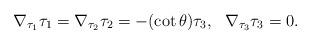
LaTeX: \begin{align*}\nabla_{\tau_{1}}\tau_{1}=\nabla_{\tau_{2}}\tau_{2}=-(\cot\theta) \tau_{3}, \ \ \nabla_{\tau_{3}}\tau_{3}=0.\end{align*}